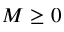
M \geq 0